Madras plague regulations and rules - Volume 2
Disease focus: Plague
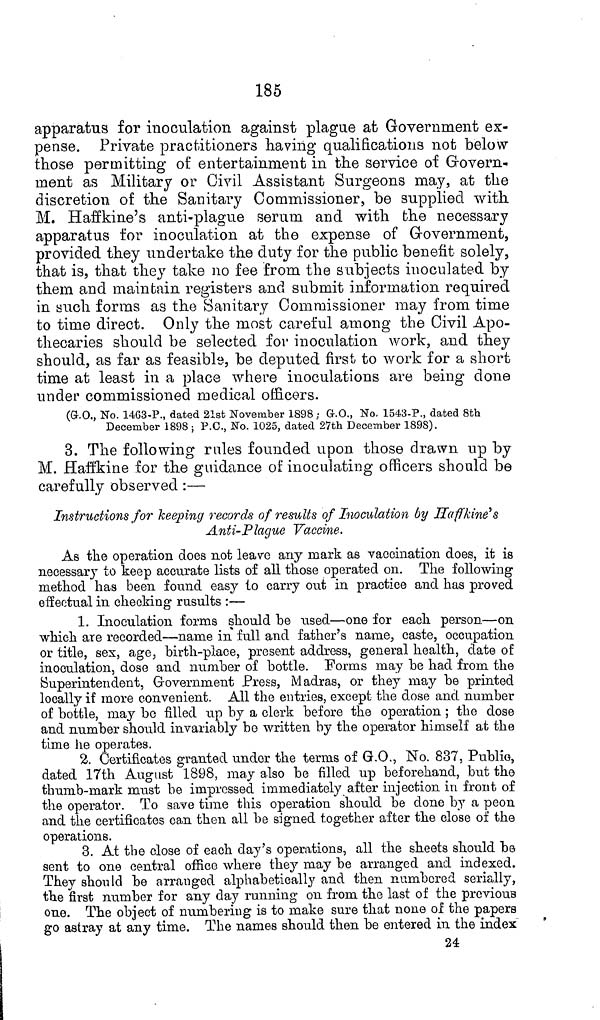
185
apparatus for inoculation against plague at Government ex-
pense. Private practitioners having qualifications not below
those permitting of entertainment in the service of Govern-
ment as Military or Civil Assistant Surgeons may, at the
discretion of the Sanitary Commissioner, be supplied with
M. Haffkine's anti-plague serum and with the necessary
apparatus for inoculation at the expense of Government,
provided they undertake the duty for the public benefit solely,
that is, that they take no fee from the subjects inoculated by
them and maintain registers and submit information required
in such forms as the Sanitary Commissioner may from time
to time direct. Only the most careful among the Civil Apo-
thecaries should be selected for inoculation work, and they
should, as far as feasible, be deputed first to work for a short
time at least in a place where inoculations are being done
under commissioned medical officers.
(G.O., No. 1463-P., dated 21st November 1898; G.O., No, 1543-P., dated 8th
December 1898; P.C., No. 1025, dated 27th December 1898).
3. The following rules founded upon those drawn up by
M. Haffkine for the guidance of inoculating officers should be
carefully observed:—
Instructions for keeping records of results of Inoculation by Haffkine's
Anti-Plague Vaccine.
As the operation does not leave any mark as vaccination does, it is
necessary to keep accurate lists of all those operated on. The following
method has been found easy to carry out in practice and has proved
effectual in checking rusults :—
1. Inoculation forms should be used—one for each person—on
which are recorded—name in full and father's name, caste, occupation
or title, sex, age, birth-place, present address, general health, date of
inoculation, dose and number of bottle. Forms may be had from the
Superintendent, Government Press, Madras, or they may be printed
locally if more convenient. All the entries, except the dose and number
of bottle, may be filled up by a clerk before the operation; the dose
and number should invariably be written by the operator himself at the
time he operates.
2. Certificates granted under the terms of G.O., No. 837, Public,
dated 17th August 1898, may also be filled up beforehand, but the
thumb-mark must be impressed immediately after injection in front of
the operator. To save time this operation should be done by a peon
and the certificates can then all be signed together after the close of the
operations.
3. At the close of each day's operations, all the sheets should be
sent to one central office where they may be arranged and indexed.
They should be arranged alphabetically and then numbered serially,
the first number for any day running on from the last of the previous
one. The object of numbering is to make sure that none of the papers
go astray at any time. The names should then be entered in the index
24